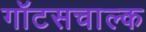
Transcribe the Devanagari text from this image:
गॉटसचाल्क